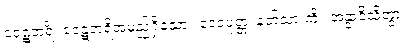
ဝေဋံဘရိံ၊ ဝေဋံဘရိအမည်ရှိသော။ ဒေဝပုတ္တံ၊ နတ်သားကို။ အနွာဝိသိတွာ၊